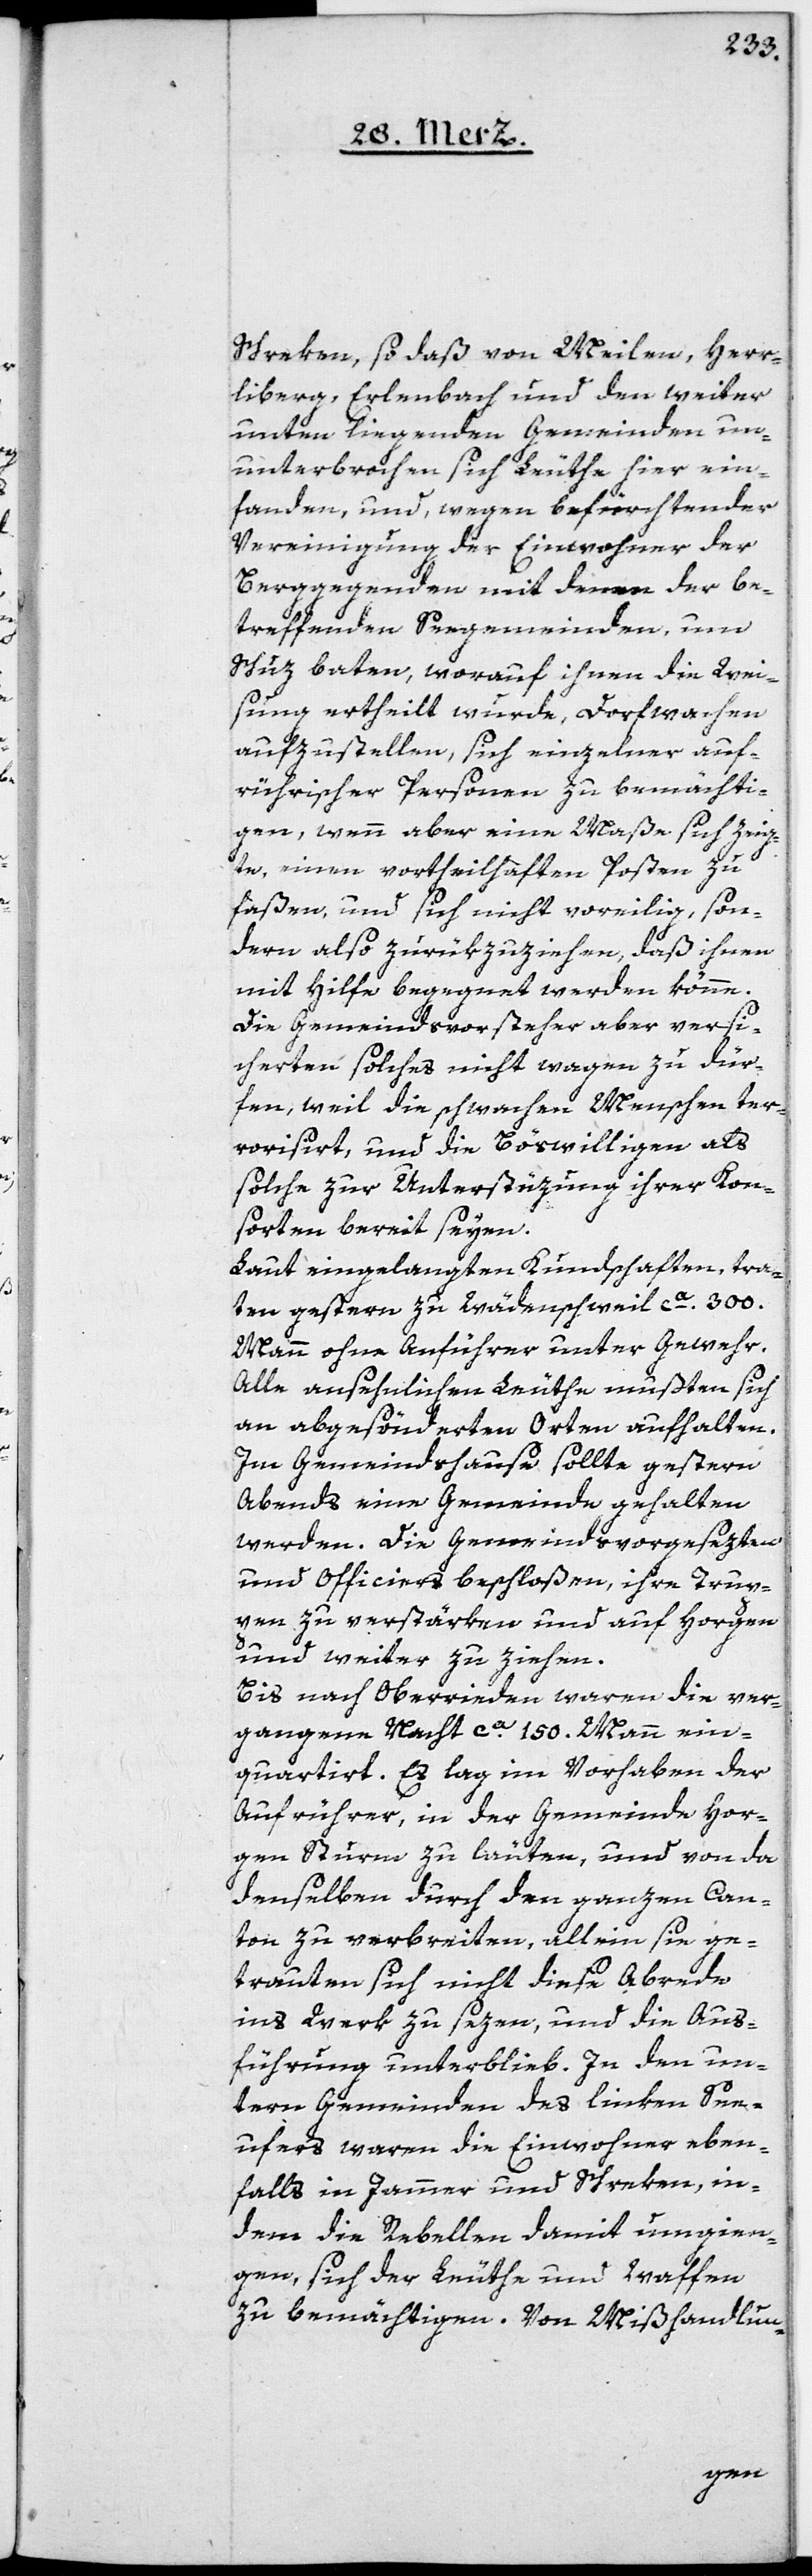
Schreken, so daß von Meilen, Herr¬
liberg, Erlenbach und den weiter
unten liegenden Gemeinden un¬
unterbrochen sich Leuthe hier ein¬
fanden, und, wegen befürchtender
Vereinigung der Einwohner der
Berggegenden mit denen der be¬
treffenden Seegemeinden, um
Schuz baten, worauf ihnen die Wei¬
sung ertheilt wurde, Dorfwachen
aufzustellen, sich einzelner auf¬
rührischer Personen zu bemächti¬
gen, wenn aber eine Maße sich zeig¬
te, einen vortheilhaften Posten zu
faßen, und sich nicht voreilig, son¬
dern also zurükzuziehen, daß ihnen
mit Hilfe begegnet werden könne.
Die Gemeindsvorsteher aber versi¬
cherten, solches nicht wagen zu dür¬
fen, weil die schwachen Menschen ter¬
rorisirt und die Böswilligen als
solche zur Unterstüzung ihrer Kon¬
sorten bereit seyen.
Laut eingelangten Kundschaften, tra¬
ten gestern zu Wädenschweil ca. 300.
Mann ohne Anführer unter Gewehr.
Alle ansehnlichen Leuthe mußten sich
an abgesönderten Orten aufhalten.
Im Gemeindshause sollte gestern
Abends eine Gemeinde gehalten
werden. Die Gemeindsvorgesezten
und Officiers beschloßen, ihre Trup¬
pen zu verstärken und auf Horgen
und weiter zu ziehen.
Bis nach Oberrieden waren die ver¬
gangene Nacht ca. 150. Mann ein¬
quartirt. Es lag im Vorhaben der
Aufrührer, in der Gemeinde Hor¬
gen Sturm zu läuten, und von da
denselben durch den ganzen Can¬
ton zu verbreiten, allein sie ge¬
trauten sich nicht, diese Abrede
ins Werk zu sezen, und die Aus¬
führung unterblieb. In den un¬
tern Gemeinden des linken See¬
ufers waren die Einwohner eben¬
falls in Jammer und Schreken, in¬
dem die Rebellen damit umgien¬
gen, sich der Leuthe und Waffen
zu bemächtigen. Von Mißhandlun-